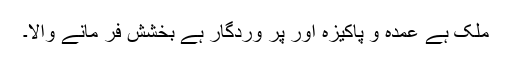
ملک ہے عمدہ و پاکیزہ اور پر وردگار ہے بخشش فر مانے والا۔